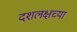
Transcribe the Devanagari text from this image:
दशलक्षच्या